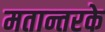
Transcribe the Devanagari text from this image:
मतान्तरके